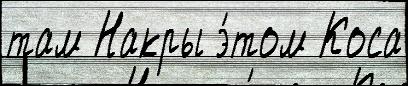
там Накры э́том Коса